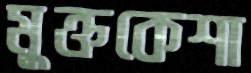
মুক্তকেশা